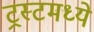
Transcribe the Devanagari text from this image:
ट्रस्टमध्ये